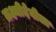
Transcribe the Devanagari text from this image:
लक्ष्मीदेवीला